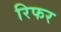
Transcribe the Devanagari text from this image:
रिफर